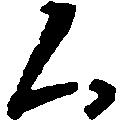
く